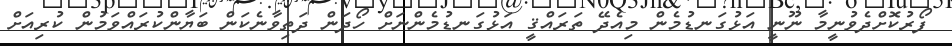
ފޯރުކޮށްދެވުނީމާ ނޫނީ އަޅުގަނޑުމެން މިއެދޭ ތަރައްޤީ އަޅުގަނޑުމެންނަށް ހޯދަން ދަތިވާނެކަން ބަޔާންކުރައްވަމުން ކުރިއަށް